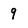
Character: 9